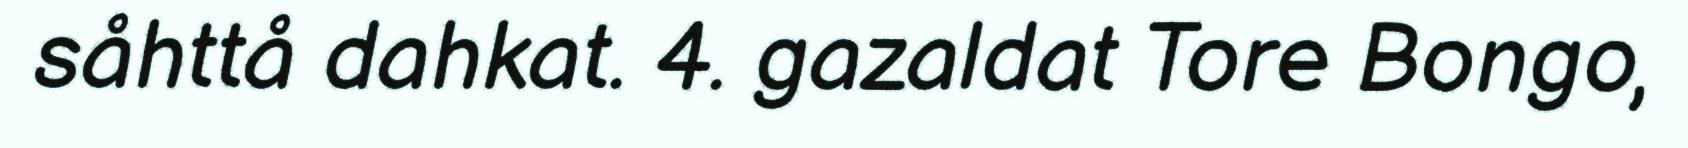
såhttå dahkat. 4. gazaldat Tore Bongo,